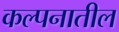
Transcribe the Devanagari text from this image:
कल्पनातील